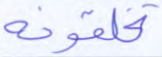
تخلقونه